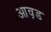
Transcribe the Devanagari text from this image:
आव़ड